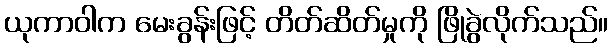
ယုကာဝါက မေးခွန်းဖြင့် တိတ်ဆိတ်မှုကို ဖြိုခွဲလိုက်သည်။